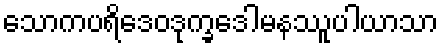
သောကပရိဒေဝဒုက္ခဒေါမနဿူပါယာသာ